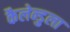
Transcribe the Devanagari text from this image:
कैलेन्डुला